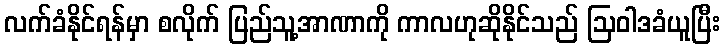
လက်ခံနိုင်ရန်မှာ စလိုက် ပြည်သူ့အာဏာကို ကာလဟုဆိုနိုင်သည် ဩဝါဒခံယူပြီး